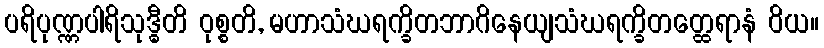
ပရိပုဏ္ဏပါရိသုဒ္ဓီတိ ဝုစ္စတိ, မဟာသံဃရက္ခိတဘာဂိနေယျသံဃရက္ခိတတ္ထေရာနံ ဝိယ။